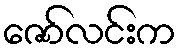
ဇော်လင်းက